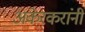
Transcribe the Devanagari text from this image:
अकेरकरांनी